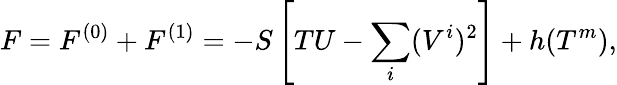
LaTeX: F=F^{(0)}+F^{(1)}=-S\left[TU-\sum_{i}(V^{i})^{2}\right]+h(T^{m}),